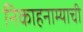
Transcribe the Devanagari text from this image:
निकाहनाम्याची